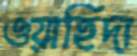
ওয়াহিদা